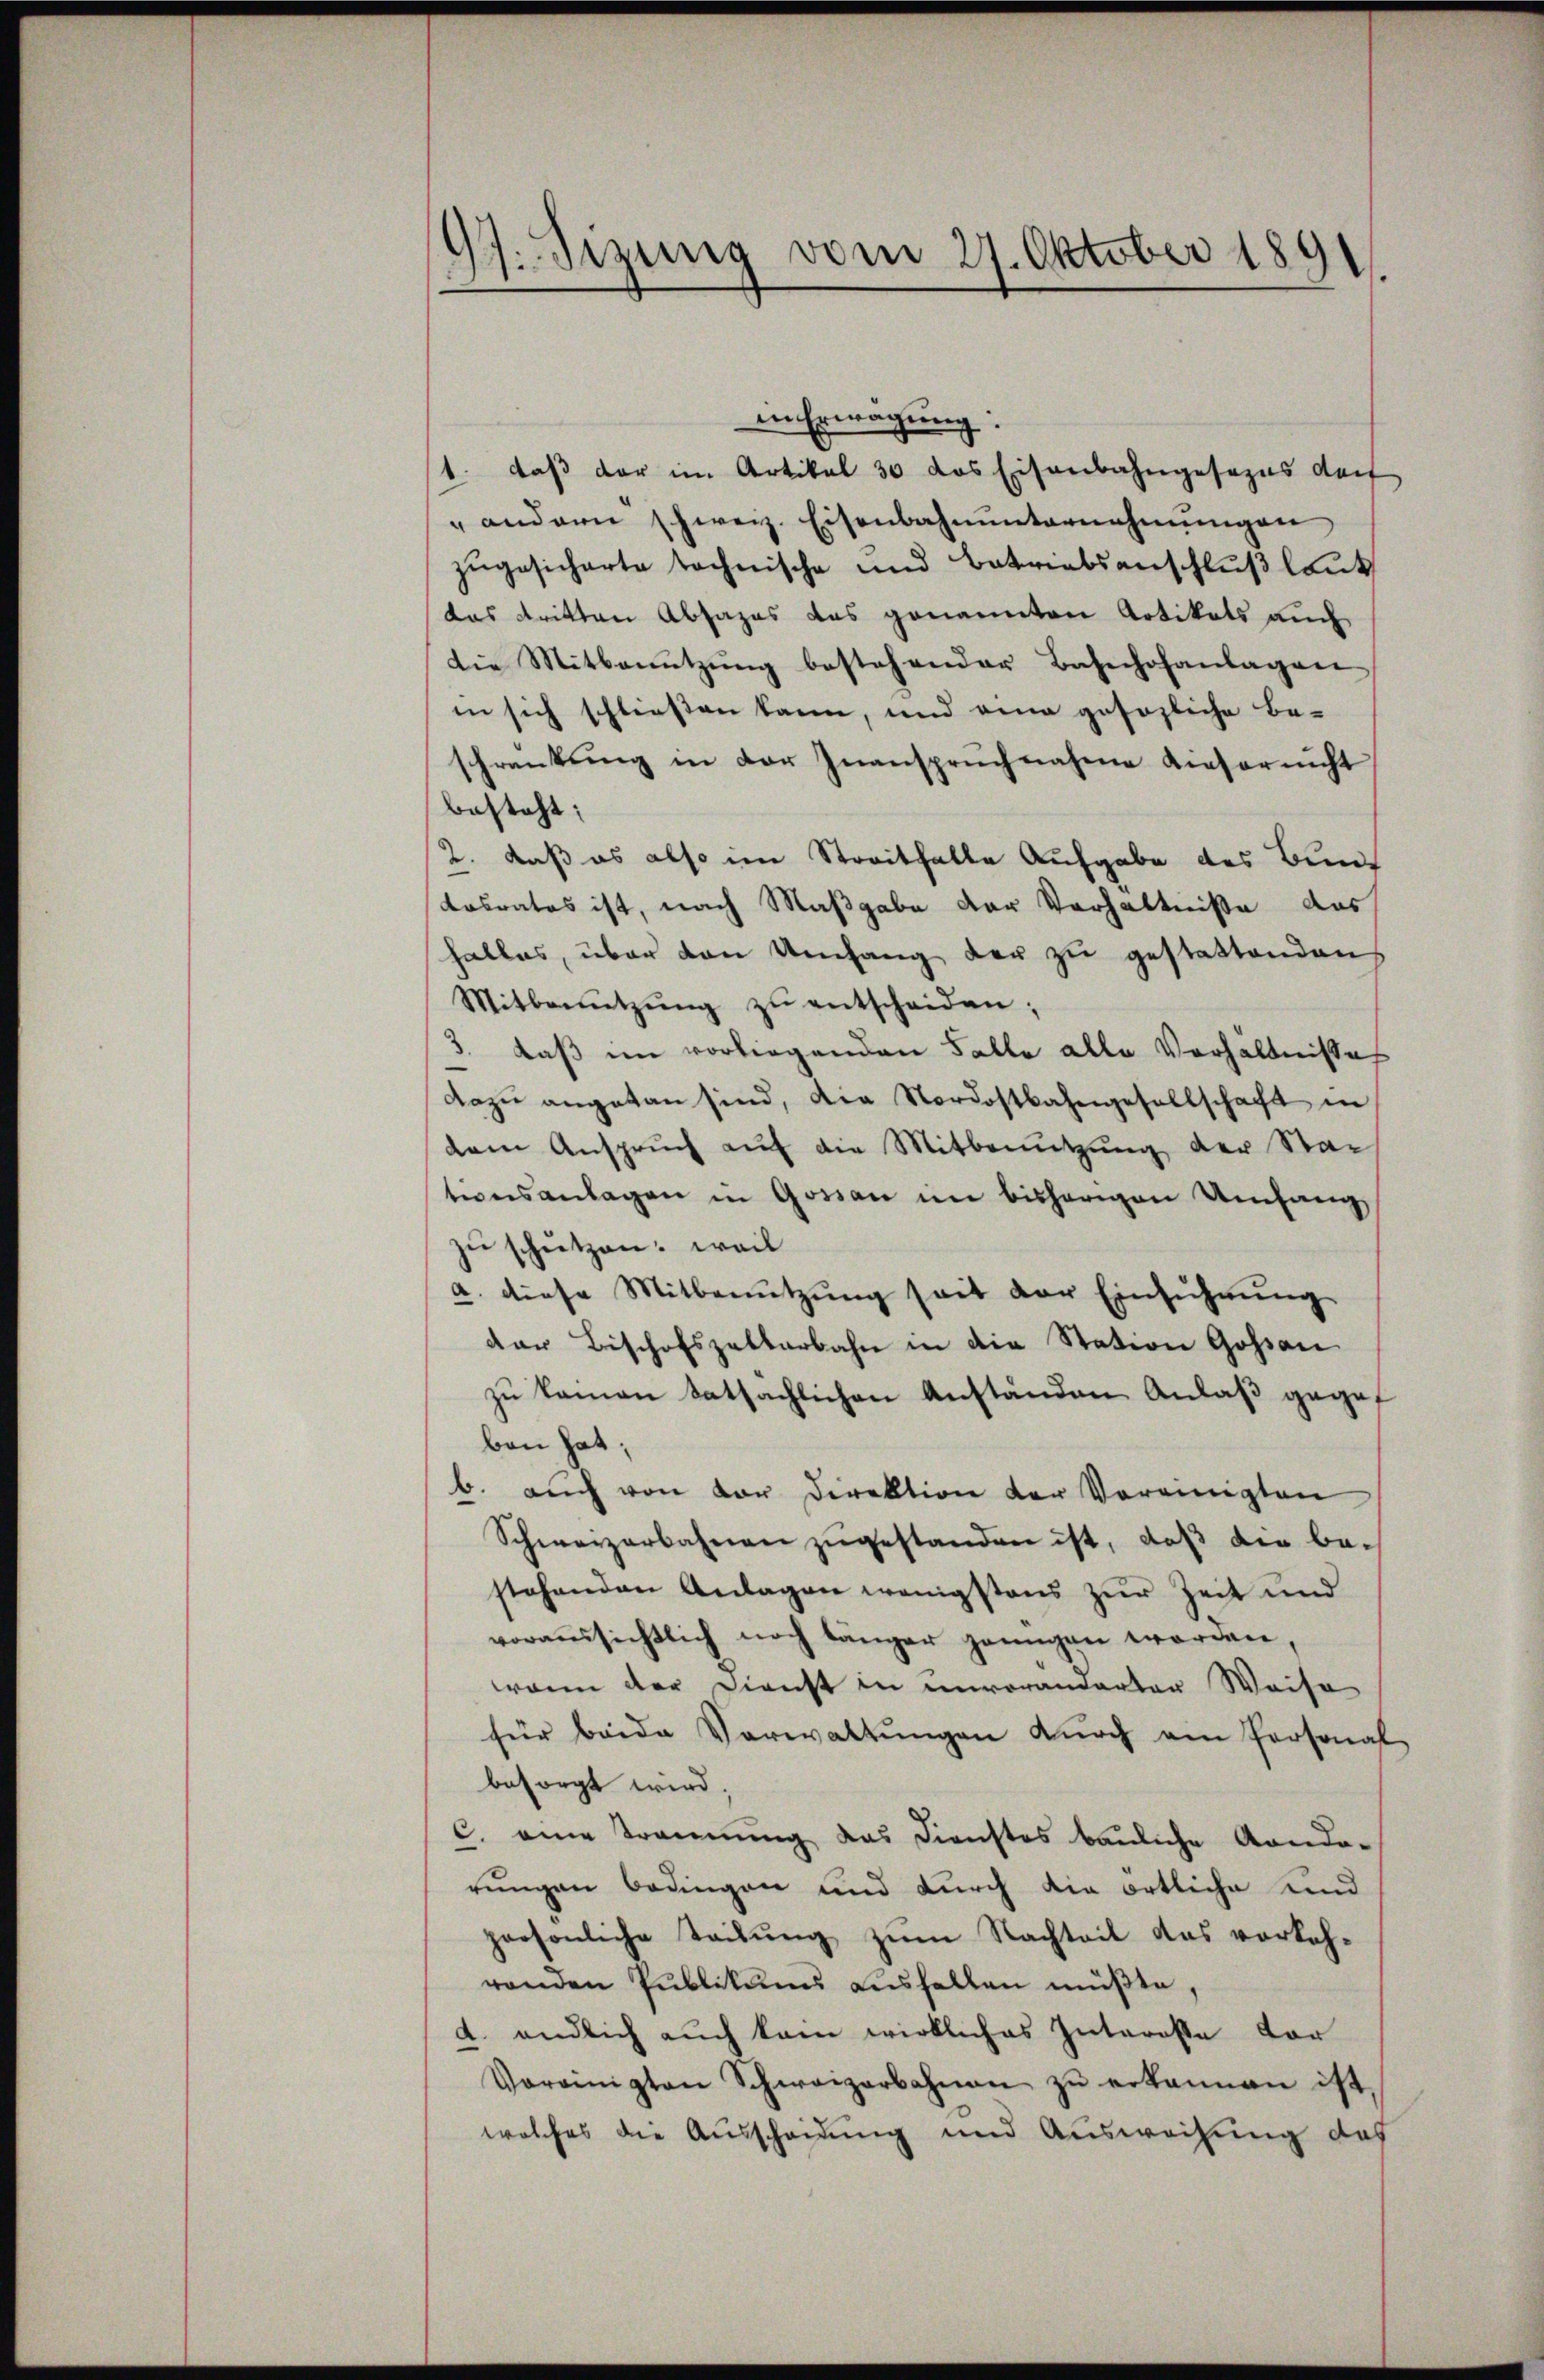
17. Sizung vom 27. Oktober 1891

iin Erwägung:
1. daß der im Artikel 30 das Eisenbahngesezes darf
" andern schweiz. Eisenbahnŭnternehmungen
zŭgesicherte technische und Betriebsanschluß laut
das dritten Absages das genannten Artikels auch
die Mitbenŭtzŭng bestehender Bahnhofanlagen
in sich schließen kann, und eine gesezliche Be-
schränkung in der Inanspruchnahme dieser nicht
besteht:
2. daß es also im Streithalte Aufgabe des Bund
Kasrates ist, nach Maßgabe der Verhältniße das
halles, über den Umfang der zu gestattendens
Mitbenŭtzŭng zŭ entscheiden;
3. Daß im vorliegenden Falle alle Verhältnisses
dazŭ angetan sind, die Nordostbahngesellschaft in
dem Anspruch auf die Mitbenutzung der Sta-
tionsanlagen in Gossan im bisherigen Umfang
zu schützen: weil
a. diese Mitbenŭtzŭng seit der Einführŭng
dar Bischofszellarbahn in die Station Goßau
zu kamen tatsächlichen Anständen Anlaß gegef
ben hat;
b. aŭch von vor Direktion der Vereinigten
Schweizerbahnen zŭgestanden ist, daß die bestehenden Anlagen wenigstens zur Zeit und
voraussichtlich noch länger genügen worden,
wenn der Dienst in unvorandarter Weise
für beide Verwaltŭngen dŭrch am Personal
besorgt wird.
c. eine Trennung das Dienstes bauliche Gando-
rungen bedingen und durch die örtliche und
persönliche Teilŭng zŭm Nachteil das vorkeh-
renden Publikums ausfallen müβte,
d. endlich auch kam wirkliches Interesse vor
Vereinigten Schweizerbahnen zŭ erkannen ist,
welches die Ausscheidung und Ausweihung des